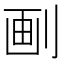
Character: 㓰